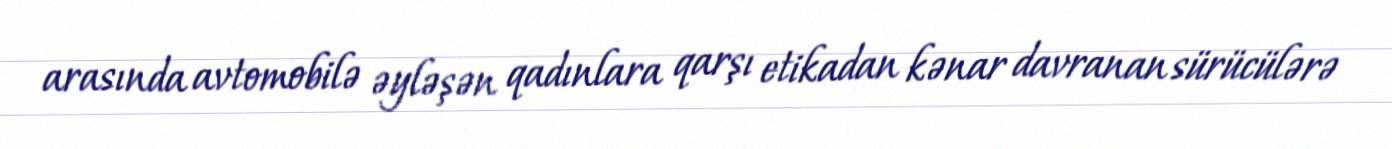
arasında avtomobilə əyləşən qadınlara qarşı etikadan kənar davranan sürücülərə